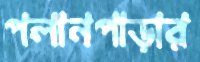
পলানপাড়ার